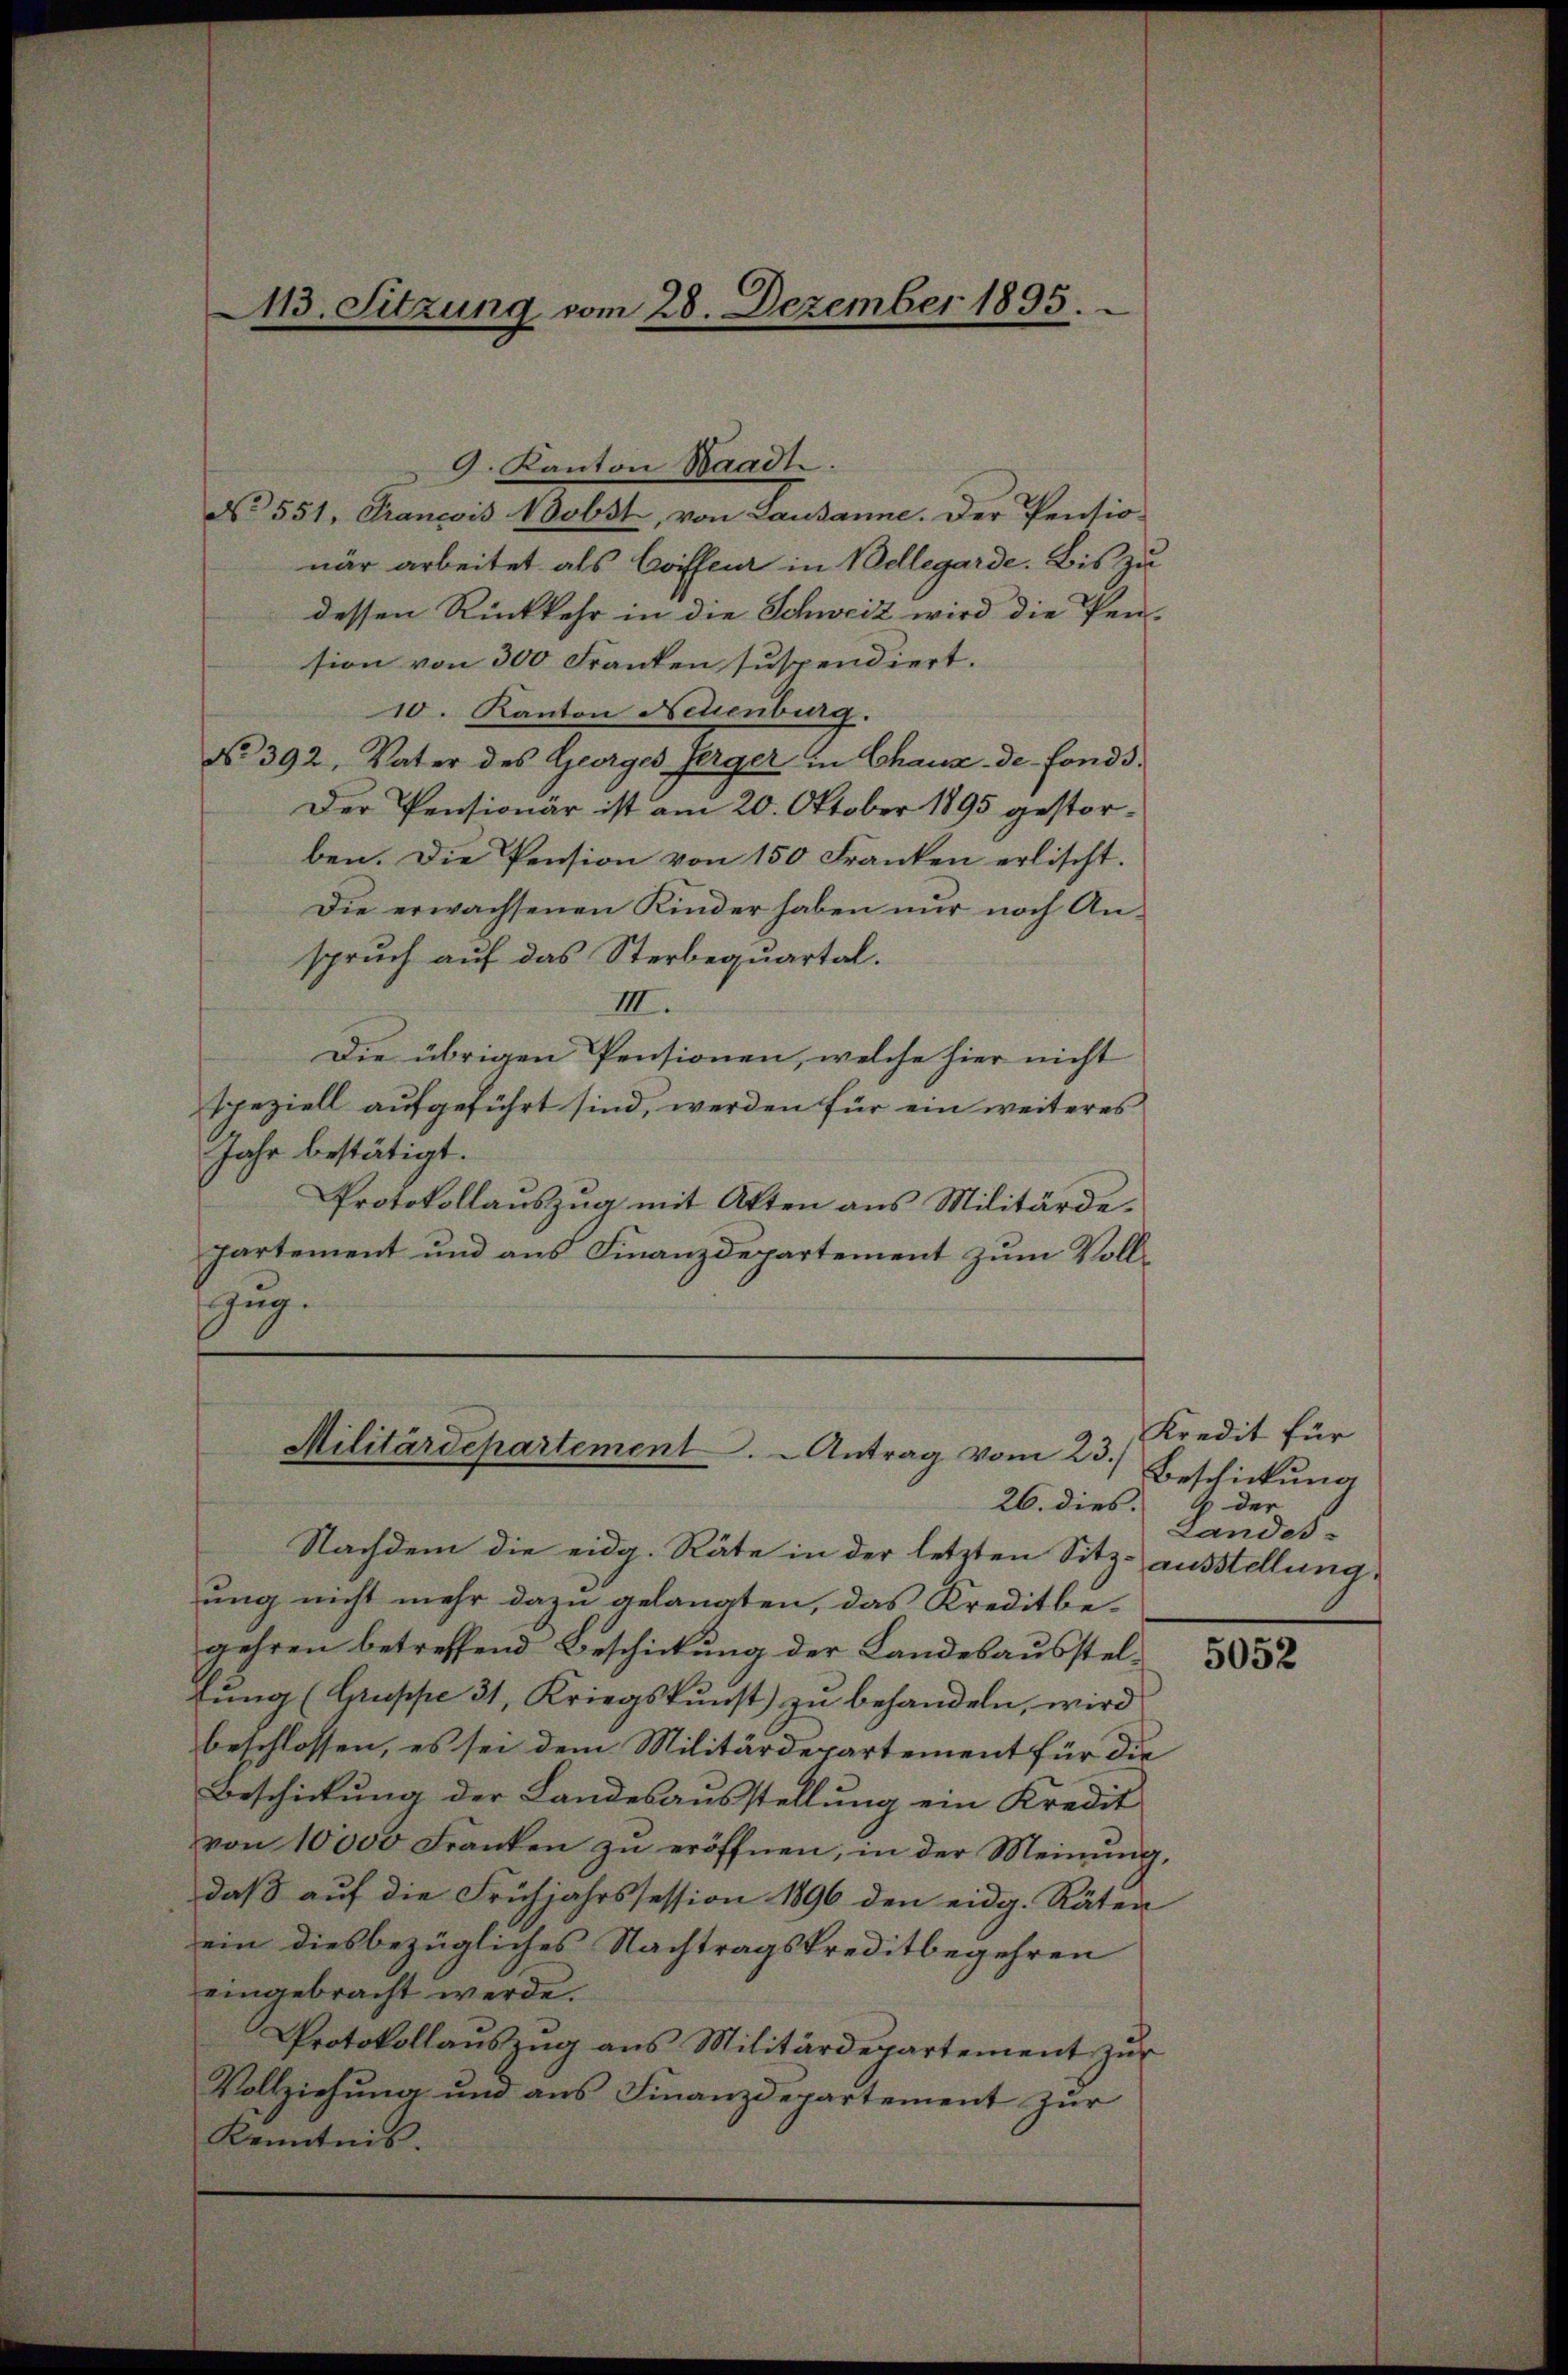
13. Sitzung vom 28. Dezember 1895.

No 551, Francois Bobst, von Lausanne. Der Pensio
när arbeitet als Coiffeur in Bellegarde. Bis zu
dessen Rückkehr in die Schweiz wird die Pen-
sion von 300 Franken suspendiert.
10. Kanton Neuenburg.
No. 392, Vater des Georges Herger in Chaux-de-Fonds.
Der Pensionär ist am 20. Oktober 1895 gestorben. Die Pension von 150 Franken erlischt.
Die erwachsenen Kinder haben nur noch Anspruch auf das Sterbequartal.
III.
Die übrigen Pensionen, welche hier nicht
speziell aufgeführt sind, werden für ein weiteres
Jahr bestätigt.
Protokollauszug mit Atten aus Militärde¬
Partement und aus Finanzdepartement zum Voll¬
Ezug.

9. Kanton Waadt.

Militärdepartement. - Antrag vom 23.)

26. dies.
Nachdem die eidg. Räte in der letzten Sitz-ausstellung
ung nicht mehr dazu gelangten, das Kreditbe-
gehren betreffend Beschickung der Landesausstelfung (Gruppe 31, Kriegskunst) zu behandeln, wird
beschlossen, es sei dem Militärdepartement für die
Beschickung der Landesausstellung ein Kredit
von 10000 Franken zŭ eröffnen, in der Meinŭng,
daß auf die Frühjahrssession 1896 den eidg. Räten
ein diesbezügliches Nachtragskreditbegehren
eingebracht werde.
Protokollaŭszŭg ans Militärdepartement zŭr
Vollziehung und aus Finanzdepartement zur
Kenntnis.

Kredit für
Beschickung
9 der
Landes-

5052